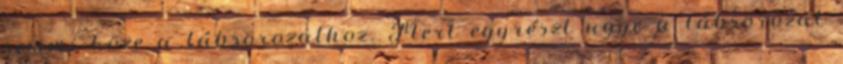
semmi köze a lábsorozathoz. Mert egyrészt ugye a lábsorozat